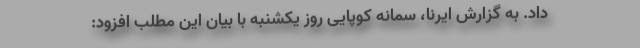
داد. به گزارش ایرنا، سمانه کوپایی روز یکشنبه با بیان این مطلب افزود: